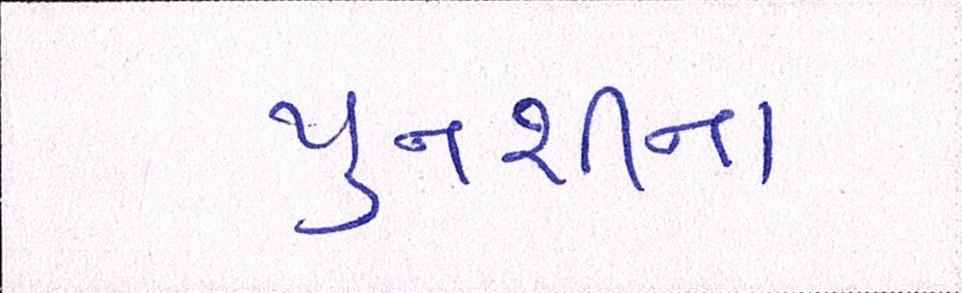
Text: પુનશીના